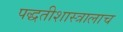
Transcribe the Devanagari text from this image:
पद्धतीशास्त्रालाच